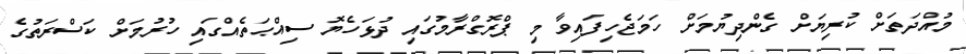
މުއްދަތަށް ކުރިޔަަށް ގެންދިޔުމަށް ހަމަޖެހިފައިވާ މި ޕްރޮގްރާމުގައި ދުޅަހެޔޮ ސިއްޙަތެއްގައި ހުރުމަށް ކަސްރަތުގެ